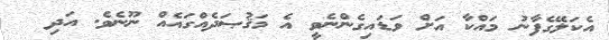
އެކަލޭގެފާނު މައްކާ އަށް ވަޑައިގެންނެވީ އެ މަޤުޞަދެއްގައެއް ނޫނެވެ. އަދި